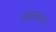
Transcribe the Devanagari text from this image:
चंद्रनामा